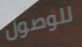
للوصول